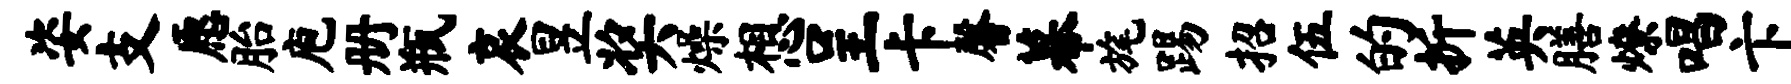
姿支愿胎庖册瓶哀昱奖燥想呈卡馨幕旄踢招伍的折英膳燎唱卞